Indian journal of veterinary science and animal husbandry - Volume 3,
Year: 1933
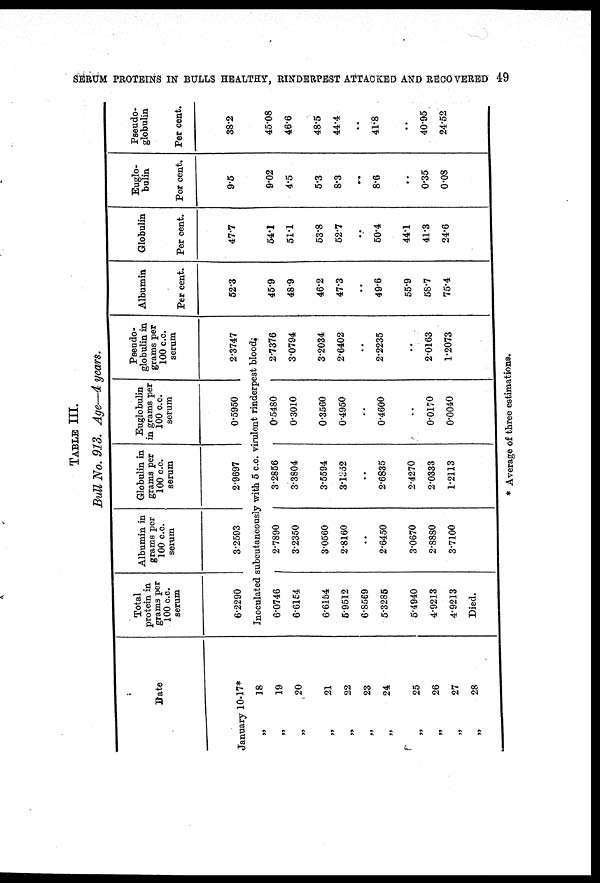
SERUM PROTEINS IN BULLS HEALTHY, RINDERPEST ATTACKED AND RECOVERED 49
TABLE III.
Bull No. 913. Age—4 years.
Date
January
„
„
„
„
„
„
„
„
„
„
„
10-17*
18
19
20
21
22
23
24
25
26
27
28
Total
protein in
grams per
100 c.c.
serum
6.2290
Albumin in
grams per
100 c.c.
serum
3.2593
Globulin in
grams per
100 c.c.
serum
2.9697
Euglobulin
in grams per
100 c.c.
serum
0.5950
Pseudo-
globulin in
grams per
100 c.c.
serum
2.3747
Inoculated subcutaneously with 5 c.c. virulent rinderpest blood
6.0746
6.6154
6.6154
5.9512
6.8569
5.3285
5.4940
4.9213
4.9213
Died.
2.7890
3.2350
3.0560
2.8160
..
2.6450
3.0670
2.8880
3.7100
3.2856
3.3804
3.5594
3.1352
..
2.6835
2.4270
2.0333
1.2113
0.5480
0.3010
0.3560
0.4950
..
0.4600
..
0.0170
0.0040
2.7376
3.0794
3.2034
2.6402
..
2.2235
..
2.0163
1.2073
Albumin
Per cent.
52.3
45.9
48.9
46.2
47.3
..
49.6
55.9
58.7
75.4
Globulin
Per cent.
47.7
54.1
51.1
53.8
52.7
..
50.4
44.1
41.3
24.6
Euglo-
bulin
Per cent.
9.5
9.02
4.5
5.3
8.3
..
8.6
..
0.35
0.08
Pseudo¬
globulin
Per cent.
38.2
45.08
46.6
48.5
44.4
..
41.8
..
40.95
24.52
* Average of three estimations.